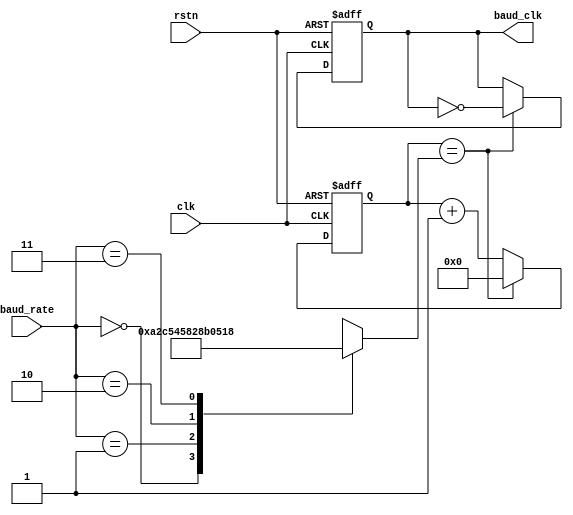

module baudgenTx(clk,rstn,baud_rate,baud_clk);

	input clk,rstn;
	input [1:0] baud_rate;
	output reg baud_clk;

	parameter 	BR2400=2'b00,
			BR4800=2'b01,
			BR9600=2'b10,
			BR19200=2'b11;

	reg [13:0] max_clock,clock_count;

	//For Clock Frequenncy of 50Mhz	
	always@(*)
	begin

		case(baud_rate)
		BR2400:	max_clock=14'd10417;		//Freq/(2*BaudRate)
		BR4800: max_clock=14'd5208;
		BR9600: max_clock=14'd2604;
		BR19200:max_clock=14'd1302;
		default: max_clock=14'd2604;
		endcase
	end


	always@(negedge rstn,posedge clk)
	begin

		if(!rstn)
		begin
			clock_count<=0;
			baud_clk<=0;
		end

		else 
		begin
			if(clock_count==max_clock)
			begin
				clock_count<=0;
				baud_clk<=~baud_clk;
			end

			else
			begin
				clock_count<=clock_count+1'b1;
				baud_clk<=baud_clk;
			end
		end
	end

endmodule